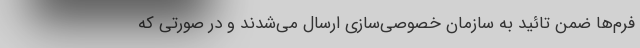
فرم‌ها ضمن تائید به سازمان خصوصی‌سازی ارسال می‌شدند و در صورتی که